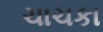
ચાચકા